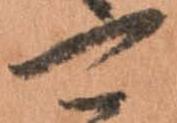
可